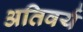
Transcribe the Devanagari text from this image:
अतिवर्य